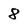
Character: 8